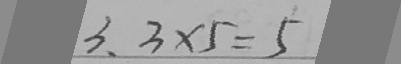
3 、 3 \times 5 = 5